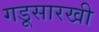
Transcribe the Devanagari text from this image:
गडूसारखी